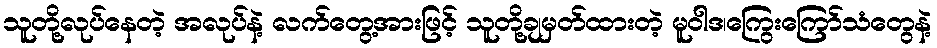
သူတို့လုပ်နေတဲ့ အလုပ်နဲ့ လက်တွေ့အားဖြင့် သူတို့ချမှတ်ထားတဲ့ မူဝါဒ၊ကြွေးကြော်သံတွေနဲ့